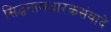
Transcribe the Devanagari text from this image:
सिद्धनामधारकसंवादे